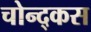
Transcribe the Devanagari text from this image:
चोन्द्कस